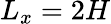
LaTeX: L_{x}=2H